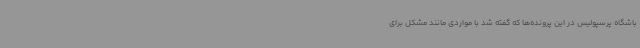
باشگاه پرسپولیس در این پرونده‌ها که گفته شد با مواردی مانند مشکل برای